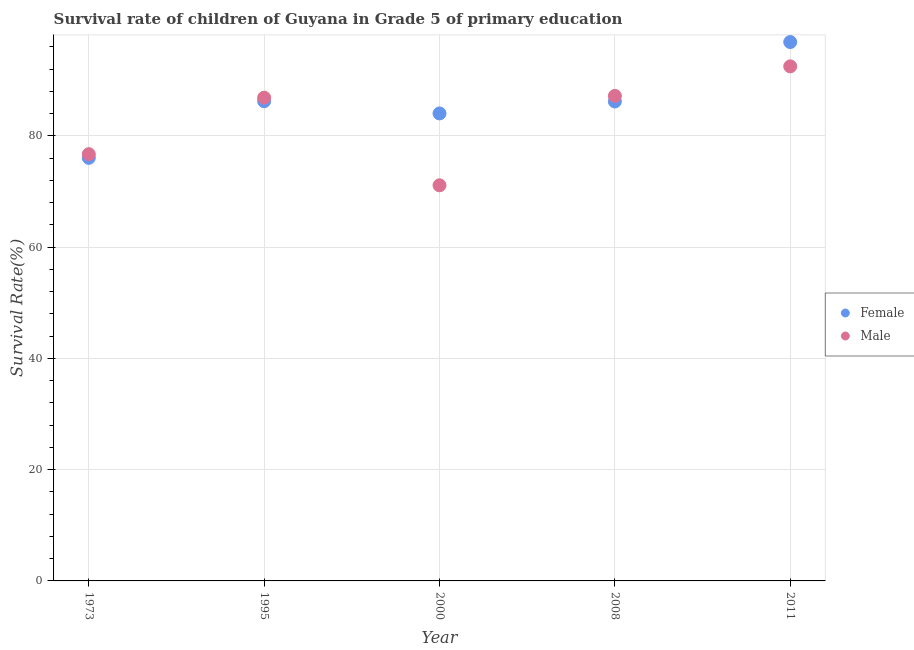
| Year | Female | Male |
 | --- | --- | --- |
 | 1973 | 76 | 76.7 |
 | 1995 | 86.2 | 86.9 |
 | 2000 | 84 | 71.1 |
 | 2008 | 86.2 | 87.2 |
 | 2011 | 96.9 | 92.5 |